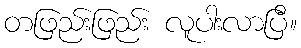
တဖြည်းဖြည်း လူပါးလာပြီ။